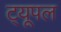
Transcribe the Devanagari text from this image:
ट्यूपल